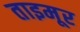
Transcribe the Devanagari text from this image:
ताइमूर